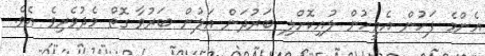
އެންމެ ފަހުން އެމީހުން ލުއިކޮށްލި ބަރުދަން އަލުން ބަރުވާ ގޮތް މެދުވެރިވެ އެވެ.